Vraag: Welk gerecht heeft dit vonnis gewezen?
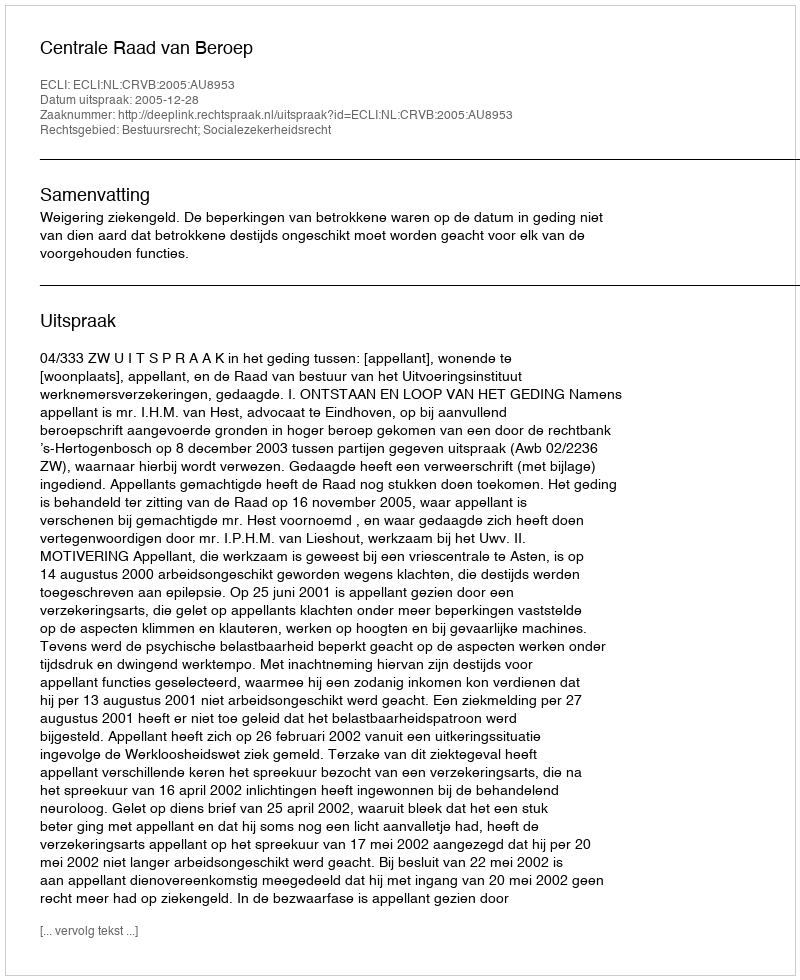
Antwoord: Centrale Raad van Beroep